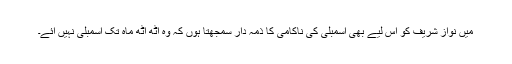
میں نواز شریف کو اس لیے بھی اسمبلی کی ناکامی کا ذمہ دار سمجھتا ہوں کہ وہ آٹھ آٹھ ماہ تک اسمبلی نہیں آئے۔